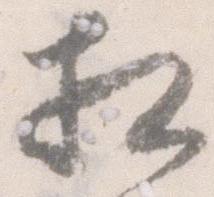
相